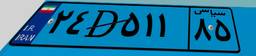
۲۴D۵۱۱۸۵